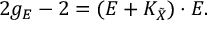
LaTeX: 2 g _ { E } - 2 = ( E + K _ { \tilde { X } } ) \cdot E .